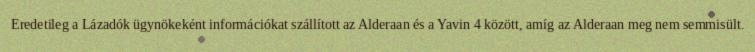
Eredetileg a Lázadók ügynökeként információkat szállított az Alderaan és a Yavin 4 között, amíg az Alderaan meg nem semmisült.